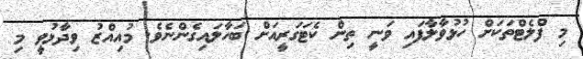
މި ފްލެޓްތަކަށް ހުޅުވާލާފައި ވަނީ ތިން ކެޓަގަރީއަށް ބަހާލައިގެންނެވެ. މުއިއްޒު ވިދާޅުވީ މި